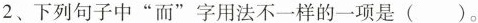
2、下列句子中”而”字用法不一样的一项是()。